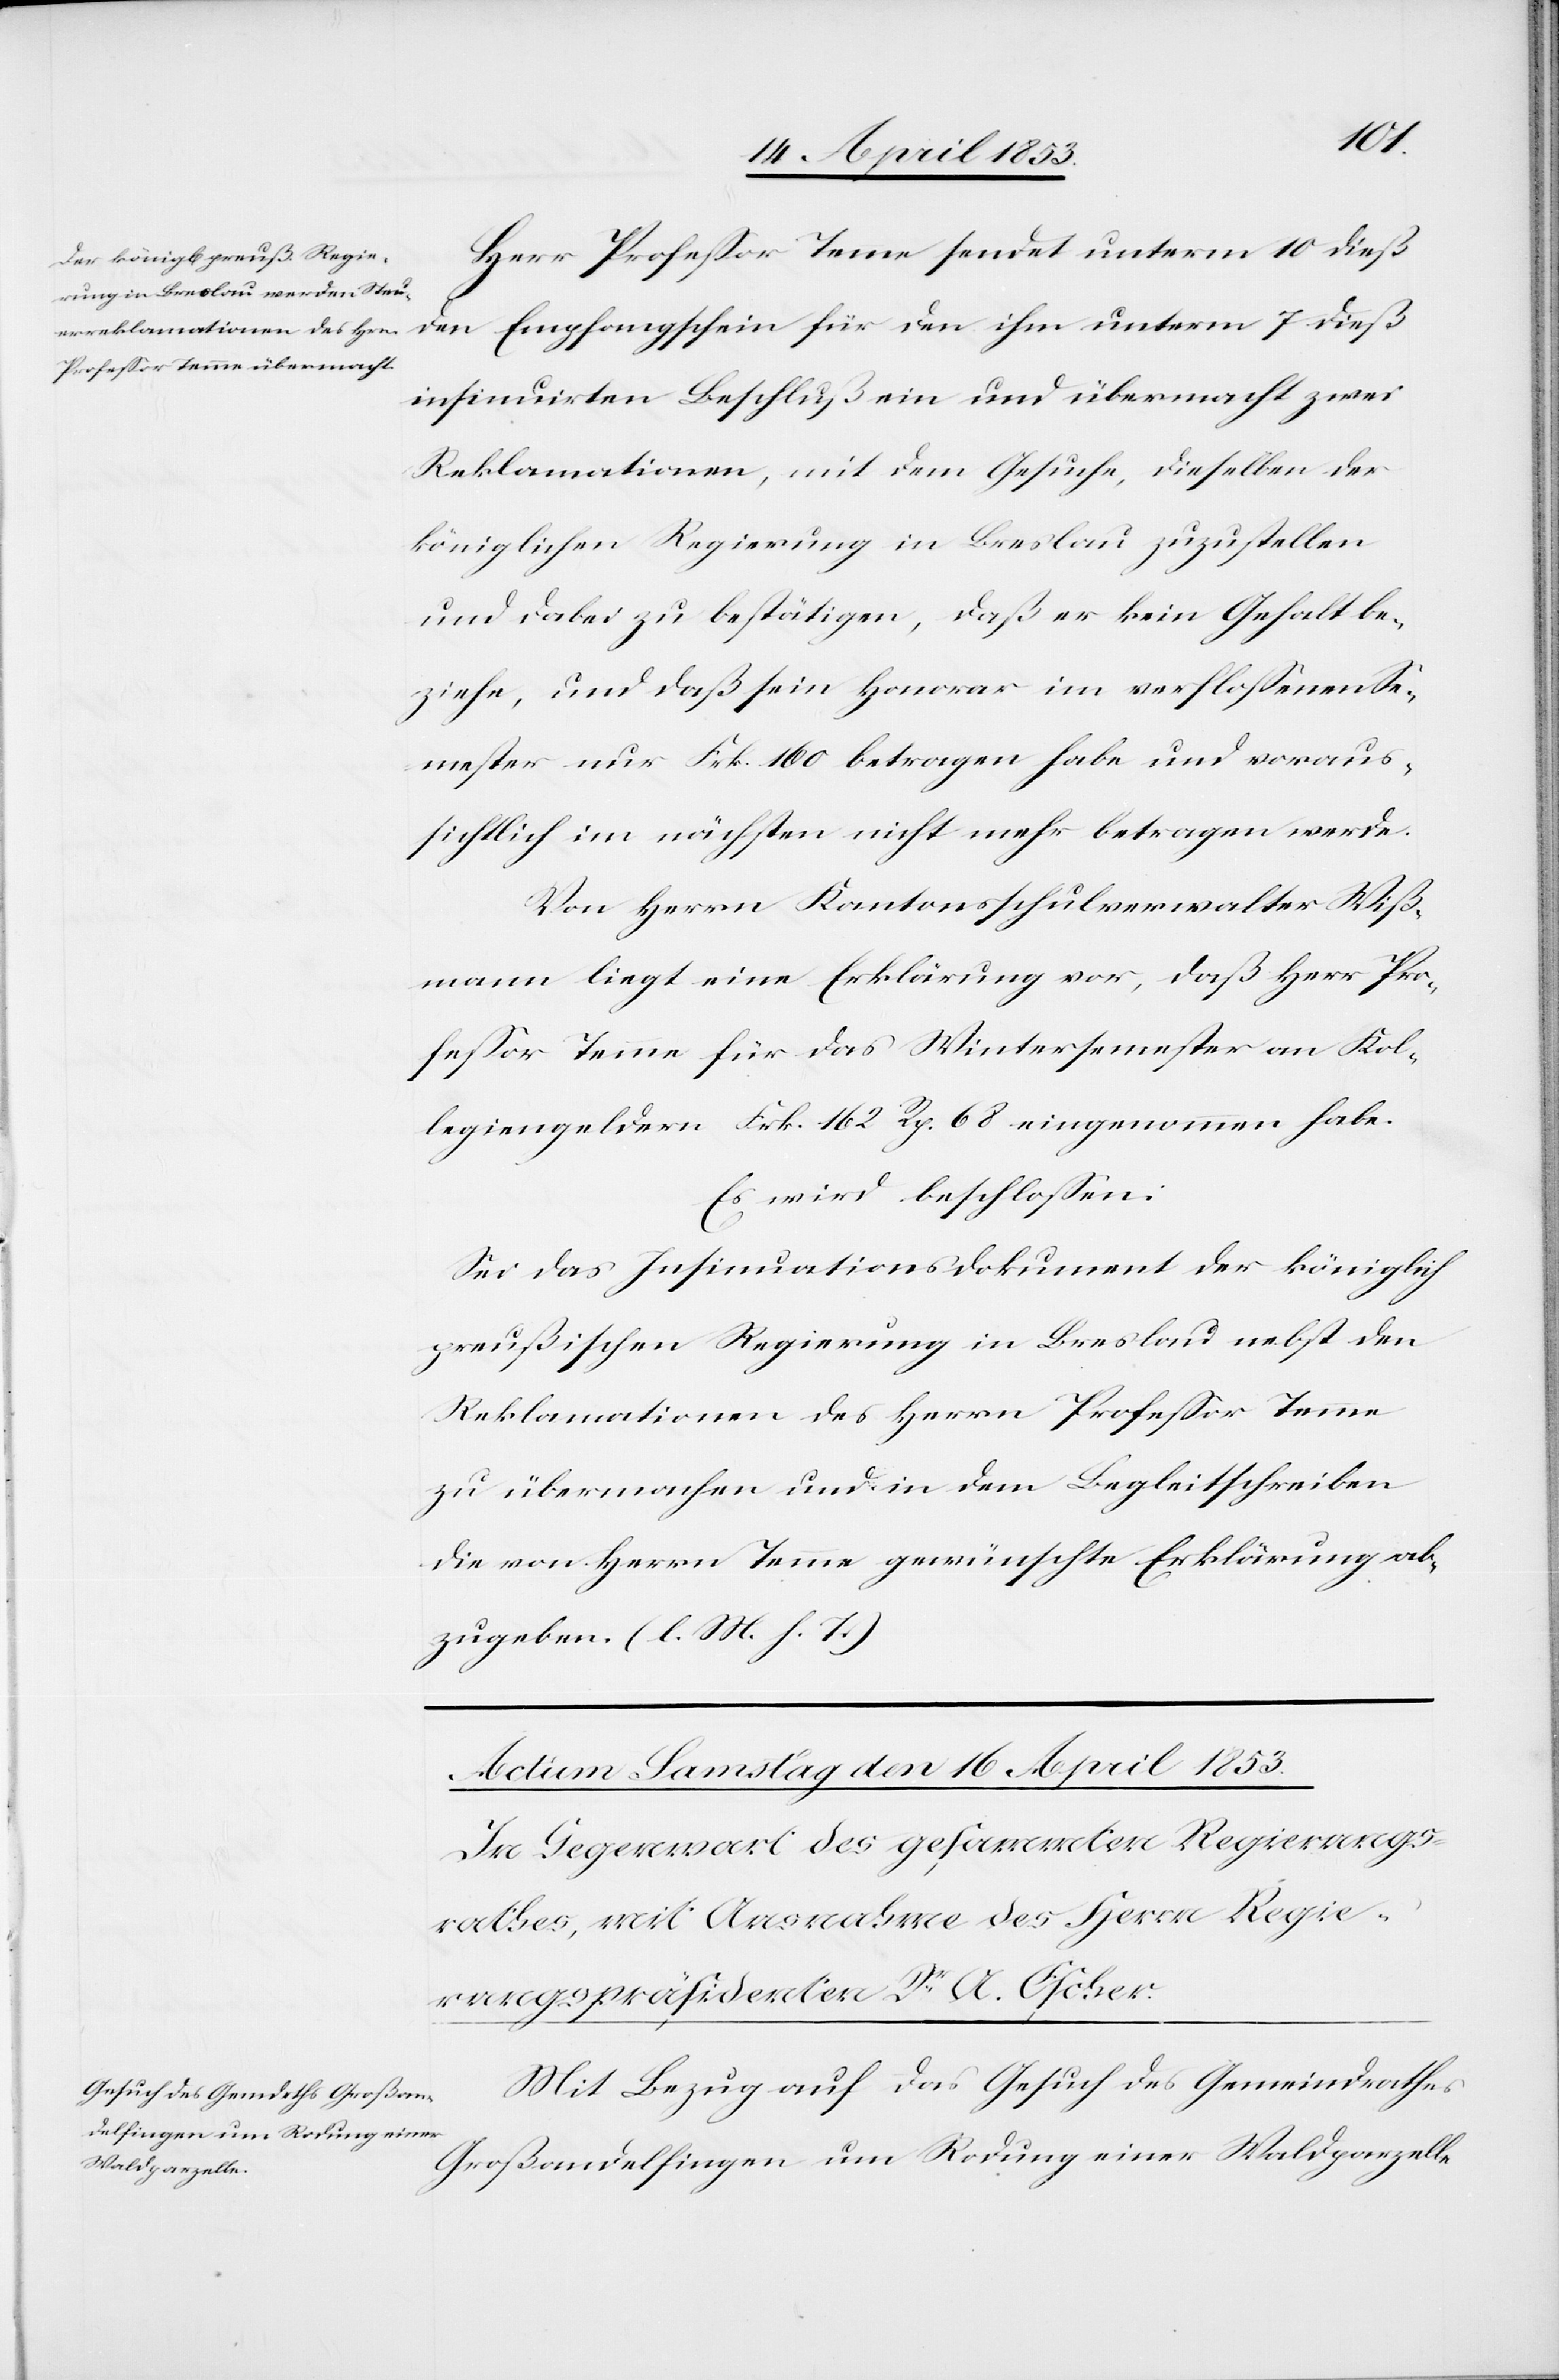
Herr Profeßor Temme sendet unterm 10 dieß
den Empfangschein für den ihm unterm 7 dieß
insinuirten Beschluß ein und übermacht zwei
Reklamationen, mit dem Gesuche, dieselben der
königlichen Regierung in Breslau zuzustellen
und dabei zu bestätigen, daß er kein Gehalt be¬
ziehe, und daß sein Honorar im verfloßenen Se¬
mester nur Frk. 160 betragen habe und voraus¬
sichtlich im nächsten nicht mehr betragen werde.
Von Herrn Kantonsschulverwalter Wiß¬
mann liegt eine Erklärung vor, daß Herr Pro¬
feßor Temme für das Wintersemester an Kol¬
legiengeldern Frk. 162. Rp. 68 eingenommen habe.
Es wird beschloßen:
Sei das Insinuationsdokument der königlich
preußischen Regierung in Breslau nebst den
Reklamationen des Herrn Profeßor Temme
zu übermachen und in dem Begleitschreiben
die von Herrn Temme gewünschte Erklärung ab¬
zugeben. [l. M. h. T]
Mit Bezug auf das Gesuch des Gemeindrathes
Großandelfingen um Rodung einer Waldparzelle